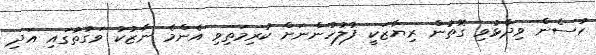
ހުސެން ވިދާޅުވި ގޮތުން ރިޔާޒަކީ ފުލުހުންނަށް ކުރިމަތިވި އެންމެ ނާޒުކު ވަގުތުގައި އަދި